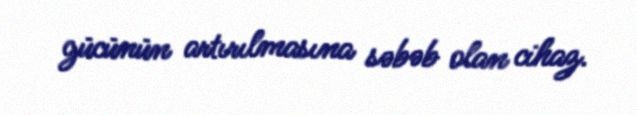
gücünün artırılmasına səbəb olan cihaz.